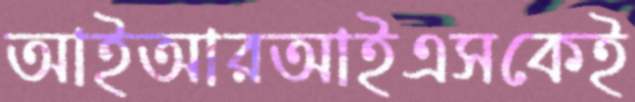
আইআরআইএসকেই